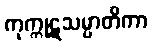
ကုက္ကုဋသမ္ပာတိကာ